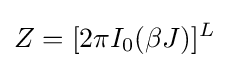
Z=[2\pi I_{0}(\beta J)]^{L}